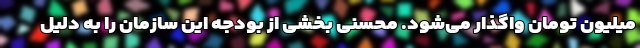
میلیون تومان واگذار می‌شود. محسنی بخشی از بودجه این سازمان را به دلیل